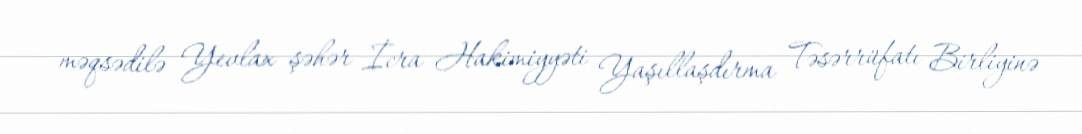
məqsədilə Yevlax şəhər İcra Hakimiyyəti Yaşıllaşdırma Təsərrüfatı Birliyinə